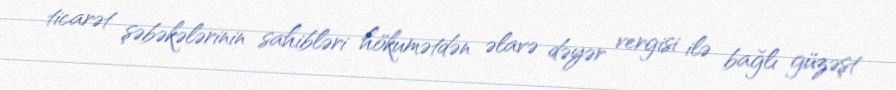
ticarət şəbəkələrinin sahibləri hökumətdən əlavə dəyər vergisi ilə bağlı güzəşt